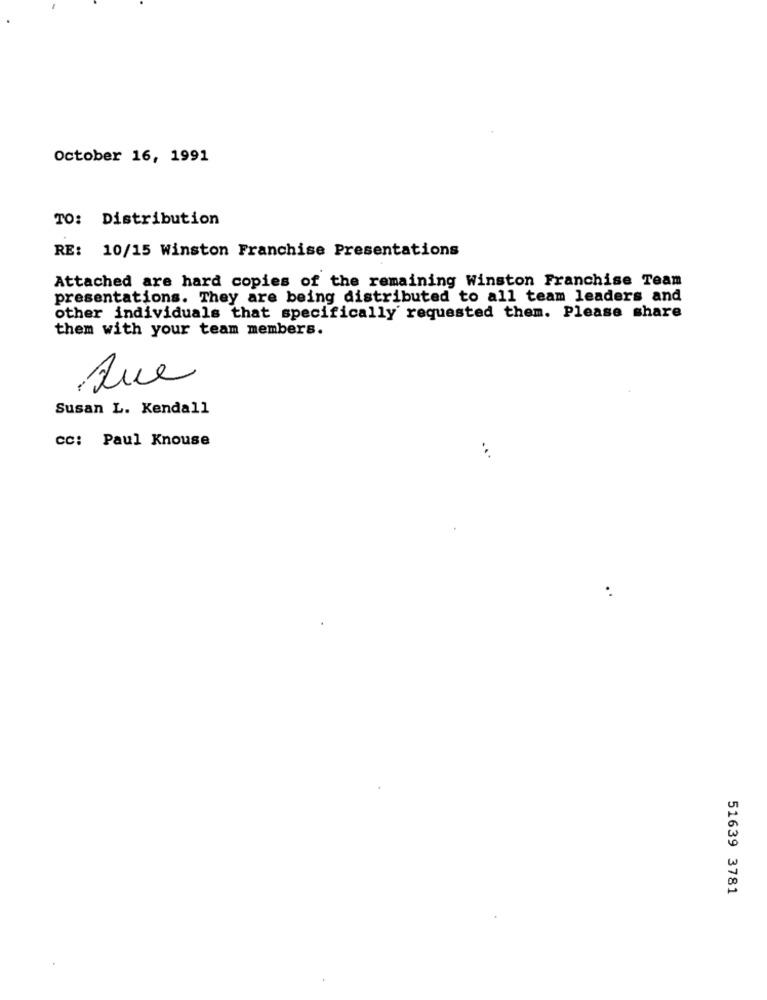
October 16, 1991
TO: Distribution
RE: 10/15 Winston Franchise Presentations
Attached are hard copies of the remaining Winston Franchise Team
presentations. They are being distributed to all team leaders and
other individuals that specifically requested them. Please share
them with your team members.
Rue
Susan L. Kendall
cc: Paul Knouse
51639 3781